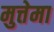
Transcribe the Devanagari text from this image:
मुत्तेमा